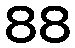
88